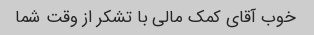
خوب آقای کمک مالی با تشکر از وقت شما